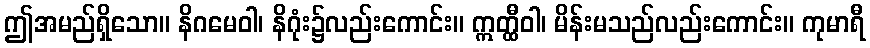
ဤအမည်ရှိသော။ နိဂမေဝါ၊ နိဂုံး၌လည်းကောင်း။ ဣတ္ထီဝါ၊ မိန်းမသည်လည်းကောင်း။ ကုမာရီ